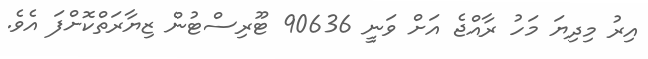
އިރު މިދިޔަ މަހު ރާއްޖެ އަށް ވަނީ 90636 ޓޫރިސްޓުން ޒިޔާރަތްކޮށްފަ އެވެ.